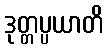
ဒုတ္တပ္ပယာတိ